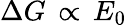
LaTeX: \Delta G\, \propto\, E_{\mathrm{0}}